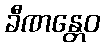
ခီဏန္တေဝ